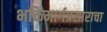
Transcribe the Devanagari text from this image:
भक्तिमार्गप्रसाराचा